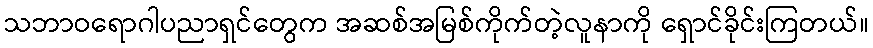
သဘာဝရောဂါပညာရှင်တွေက အဆစ်အမြစ်ကိုက်တဲ့လူနာကို ရှောင်ခိုင်းကြတယ်။